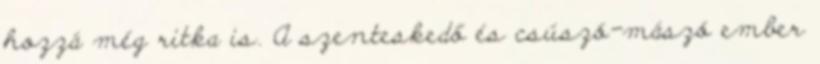
hozzá még ritka is. A szenteskedő és csúszó-mászó ember